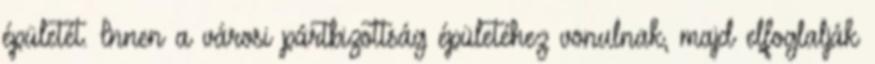
épületét. Innen a városi pártbizottság épületéhez vonulnak, majd elfoglalják